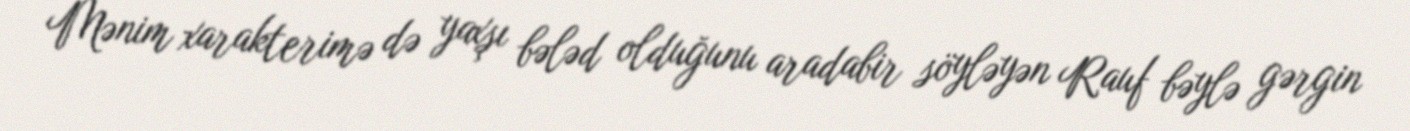
Mənim xarakterimə də yaxşı bələd olduğunu aradabir söyləyən Rauf bəylə gərgin